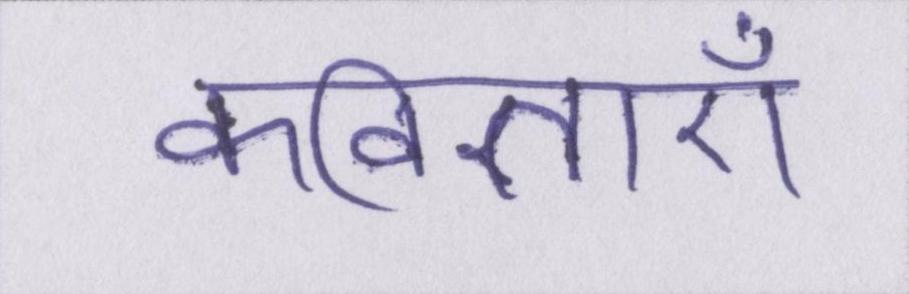
कविताएँ